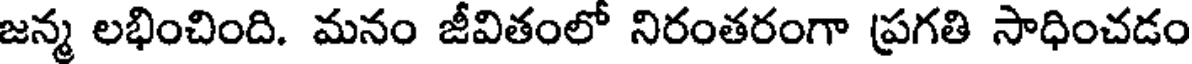
జన్మ లభించింది. మనం జీవితంలో నిరంతరంగా ప్రగతి సాధించడం